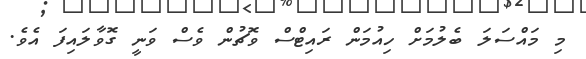
މި މައްސަލަ ބެލުމަށް ހިއުމަން ރައިޓްސް ވޮޗުން ވެސް ވަނީ ގޮވާލައިފަ އެވެ.